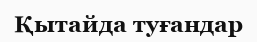
Қытайда туғандар